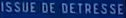
ISSUE DE DETRESSE